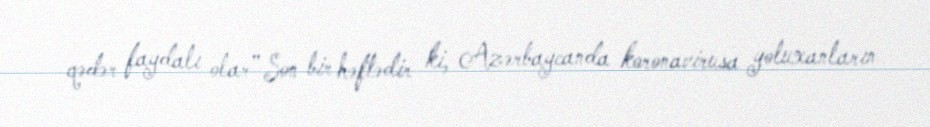
qədər faydalı olar” Son bir həftədir ki, Azərbaycanda koronavirusa yoluxanların